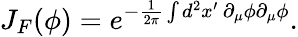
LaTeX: J_{F}(\phi)=e^{-\frac{1}{2\pi}\int d^{2}x^{\prime}\, \partial_{\mu}\phi\partial_{\mu}\phi}.